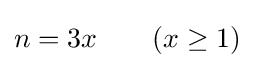
n=3x\quad \quad (x\geq 1)